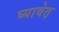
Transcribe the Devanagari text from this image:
घ्यावेत़